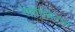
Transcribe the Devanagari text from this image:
रेलीगेशनचा